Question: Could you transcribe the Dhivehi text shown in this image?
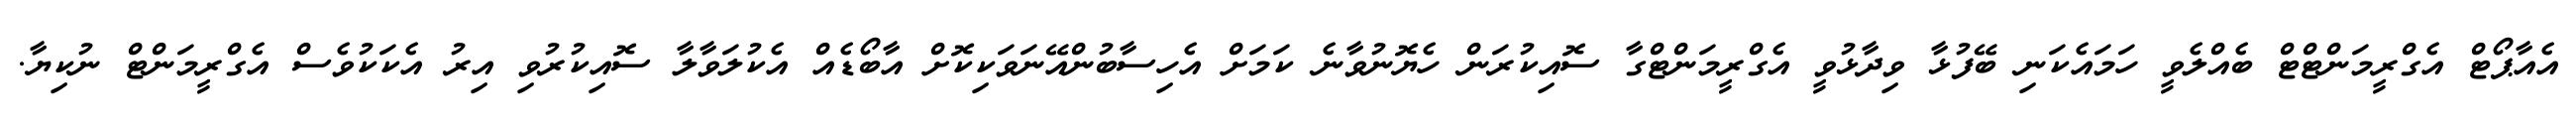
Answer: އެއާޕޯޓް އެގްރީމަންޓްޓް ބެއްލެވީ ހަމައެކަނި ބޭފުޅާ ވިދާޅުވީ އެގްރީމަންޓްގާ ސޮއިކުރަން ހެޔޮނުވާނެ ކަމަށް އެހިސާބުންއޭނަވަކިކޮށް އާބޯޑެއް އެކުލަވާލާ ސޮއިކުރުވި އިރު އެކަކުވެސް އެގްރީމަންޓް ނުކިޔާ.